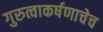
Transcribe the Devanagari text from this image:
गुरुत्वाकर्षणाचेच